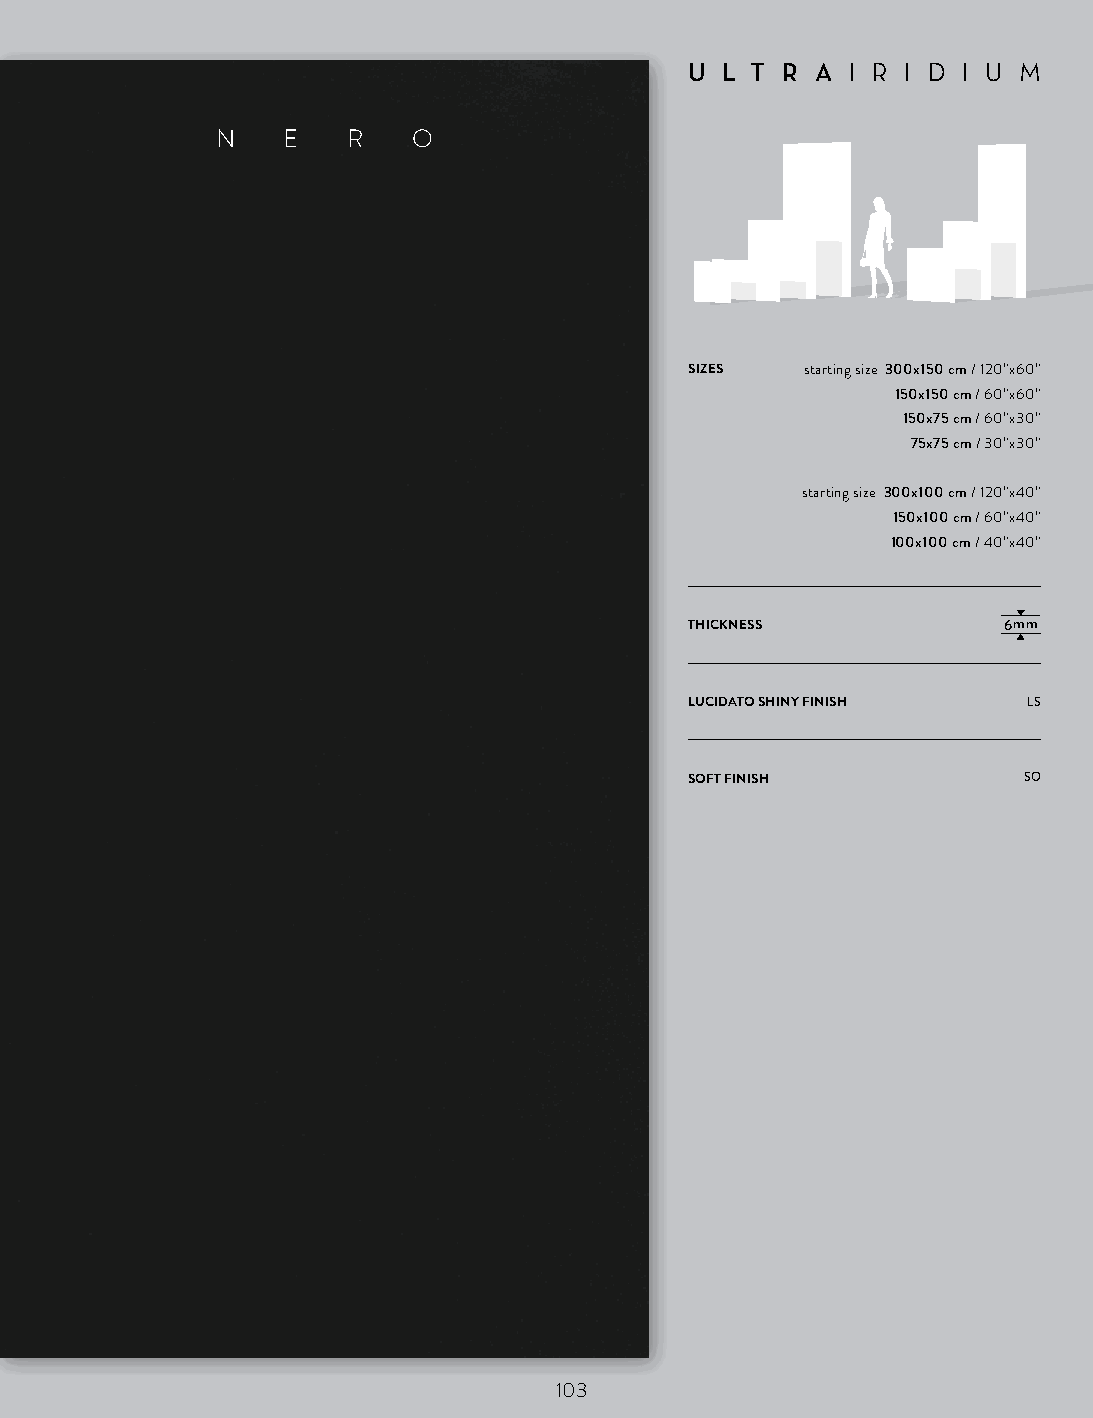
U L T R A I R I D I U M
 N    E   R   O
 SIZES  starting size 300x150 cm / 120”x60”
 150x150 cm / 60”x60”
 150x75 cm / 60”x30”
 75x75 cm / 30”x30”
 starting size 300x100 cm / 120”x40”
 150x100 cm / 60”x40”
 100x100 cm / 40”x40”
 THICKNESS           6mm
 LUCIDATO SHINY FINISH LS
 SOFT FINISH           SO
 103